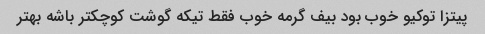
پیتزا توکیو خوب بود بیف گرمه خوب فقط تیکه گوشت کوچکتر باشه بهتر